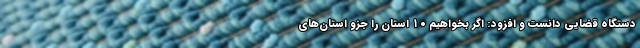
دستگاه قضایی دانست و افزود: اگر بخواهیم ۱۰ استان را جزو استان‌های